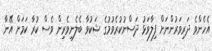
އެހެންވެ ދަރިވަރުންނަށް ފިލާވަޅު ދަސްނުކުރެވުމުގެ ޝަކުވާ ބެލެނިވެރިން ވެސް ކުރާ ކަމަށް އޭނާ